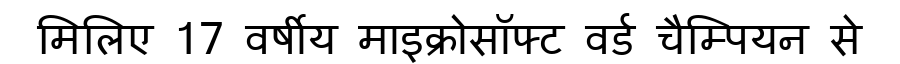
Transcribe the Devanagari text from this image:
मिलिए 17 वर्षीय माइक्रोसॉफ्ट वर्ड चैम्पियन से